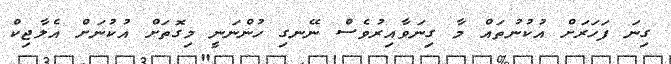
ގިނަ ފަހަރަށް އުކުނުތައް މާ ގިނަވާއިރުވެސް ނޭނގި ހުންނަނީ މިގޮތަށް އުކުނަށް އެލާޖިކް